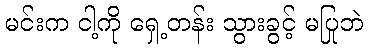
မင်းက ငါ့ကို ရှေ့တန်း သွားခွင့် မပြုဘဲ